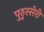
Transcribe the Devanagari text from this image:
पुठुस्सेरी